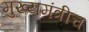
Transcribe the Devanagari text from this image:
मुख्यमंत्रीच